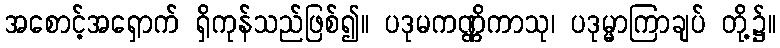
အစောင့်အရှောက် ရှိကုန်သည်ဖြစ်၍။ ပဒုမကဏ္ဏိကာသု၊ ပဒုမ္မာကြာချပ် တို့၌။